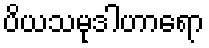
ပိယသမုဒါဟာရော